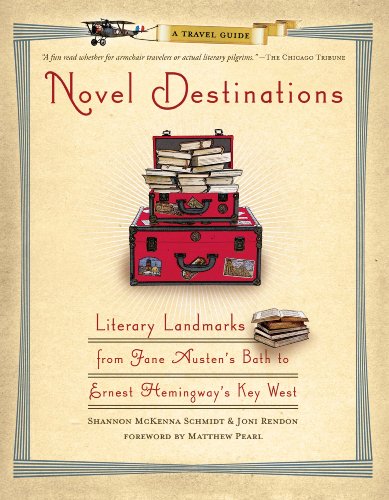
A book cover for Novel Destinations: Literary Landmarks From Jane Austen's Bath to Ernest Hemingway's Key West; Shannon Mckenna Schmidt; Travel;